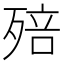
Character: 殕